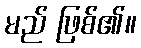
မည် ဖြစ်၏။